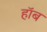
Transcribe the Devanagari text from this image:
हॉब